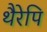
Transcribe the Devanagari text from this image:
थैरेपि